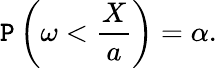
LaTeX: \mathtt{P}\left(\omega<{\frac{{X}}{{a}}}\right)=\alpha.